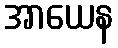
အာယေန